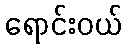
ရောင်းဝယ်